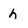
Character: h